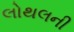
લોથલની